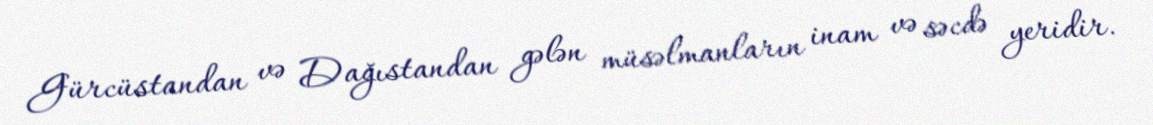
Gürcüstandan və Dağıstandan gələn müsəlmanların inam və səcdə yeridir.